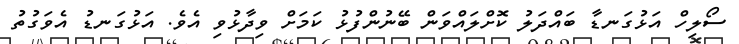
ސޯލިހް އަޅުގަނޑާ ބައްދަލު ކޮށްލައްވަން ބޭނުންފުޅު ކަމަށް ވިދާޅުވި އެވެ. އަޅުގަނޑު އެވަގުތު